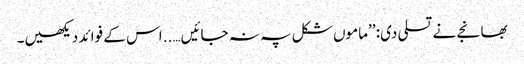
بھانجے نے تسلی دی: ’’ماموں شکل پہ نہ جائیں….. اس کے فوائد دیکھیں۔